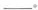
___。